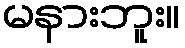
မနားဘူး။